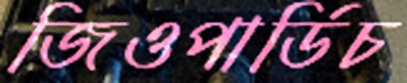
জিওপার্ডিচ